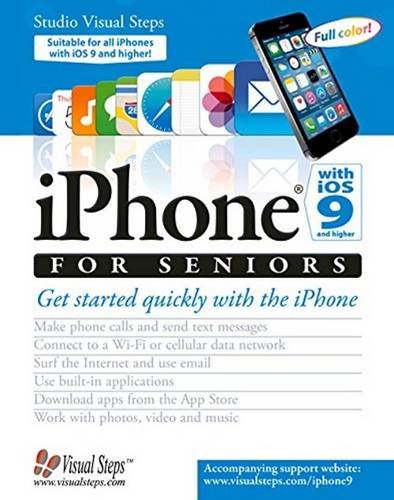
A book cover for iPhone with iOS 9 and Higher for Seniors: Get Started Quickly with the iPhone (Computer Books for Seniors series); Studio Visual Steps; Computers & Technology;